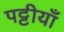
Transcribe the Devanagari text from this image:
पट्टीयाँ